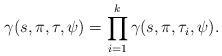
LaTeX: \begin{align*}\gamma(s,\pi,\tau,\psi)=\prod_{i=1}^k \gamma(s,\pi,\tau_i,\psi).\end{align*}